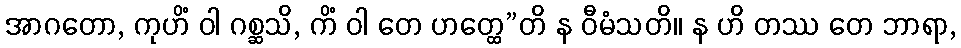
အာဂတော, ကုဟိံ ဝါ ဂစ္ဆသိ, ကိံ ဝါ တေ ဟတ္ထေ”တိ န ဝီမံသတိ။ န ဟိ တဿ တေ ဘာရာ,